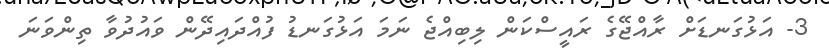
3- އަޅުގަނޑަށް ރާއްޖޭގެ ރައީސްކަން ލިބިއްޖެ ނަމަ އަޅުގަނޑު ފުއްދައިދޭން ވައުދުވާ ތިންވަނަ